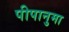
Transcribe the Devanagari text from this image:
पीपानुमा